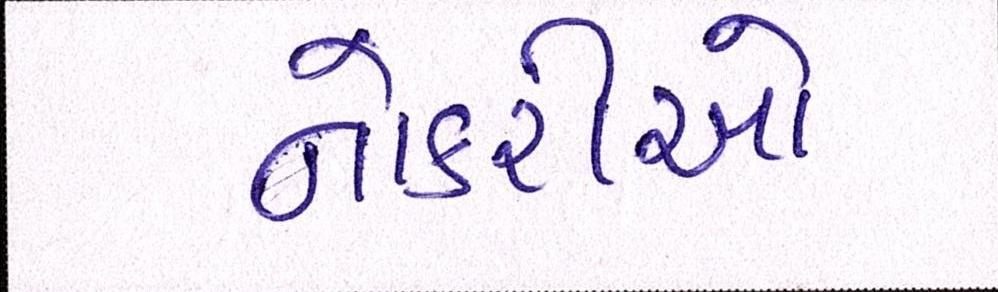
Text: નોકરીઓ